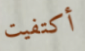
أكتفيت